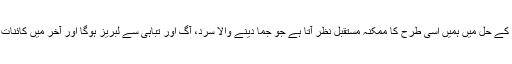
آئن سٹائن کی مساوات کے حل میں ہمیں اسی طرح کا ممکنہ مستقبل نظر آتا ہے جو جما دینے والا سرد، آگ اور تباہی سے لبریز ہوگا اور آخر میں کائنات کا خاتمہ ہو جائے گا۔